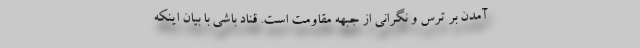
آمدن بر ترس و نگرانی از جبهه مقاومت است. قناد باشی با بیان اینکه